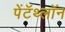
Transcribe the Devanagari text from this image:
पेंटॅथ्लॉन